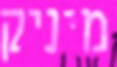
מיניק